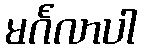
မင်္ဂလာပါ